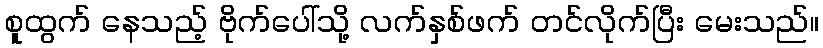
စူထွက် နေသည့် ဗိုက်ပေါ်သို့ လက်နှစ်ဖက် တင်လိုက်ပြီး မေးသည်။